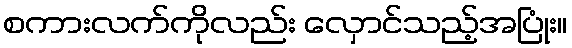
စကားလက်ကိုလည်း လှောင်သည့်အပြုံး။